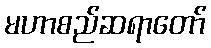
မဟာစည်ဆရာတော်